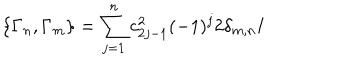
LaTeX: \{ \Gamma _ { n } , \Gamma _ { m } \} = \sum _ { j = 1 } ^ { n } c _ { 2 j - 1 } ^ { 2 } ( - 1 ) ^ { j } 2 \delta _ { m , n } { \bf I }